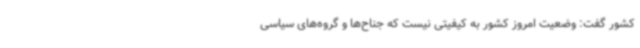
کشور گفت: وضعیت امروز کشور به کیفیتی نیست که جناح‌ها و گروه‌های سیاسی